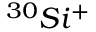
^ { 3 0 } S i ^ { + }